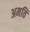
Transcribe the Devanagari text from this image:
अमति